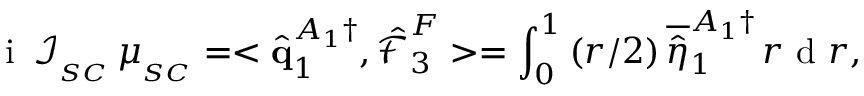
\mathrm { ~ i ~ } \, \mathcal { I } _ { _ { S C } } \, \mu _ { _ { S C } } = < \hat { \mathbf { q } } _ { 1 } ^ { A _ { 1 } \dagger } , \boldsymbol { \hat { \mathcal { F } } } _ { 3 } ^ { F } > = \int _ { 0 } ^ { 1 } \left( r / 2 \right) \overline { { \hat { \eta } } } _ { 1 } ^ { A _ { 1 } \dagger } \, r \mathrm { ~ d ~ } r ,